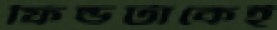
ফিল্ডটাকেই